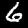
Label: 6